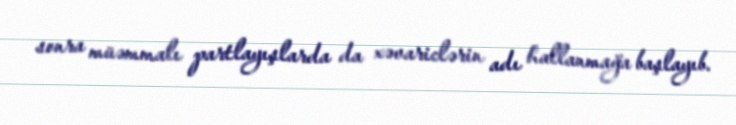
sonra müəmmalı partlayışlarda da xəvariclərin adı hallanmağa başlayıb.